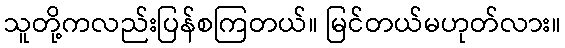
သူတို့ကလည်းပြန်စကြတယ်။ မြင်တယ်မဟုတ်လား။